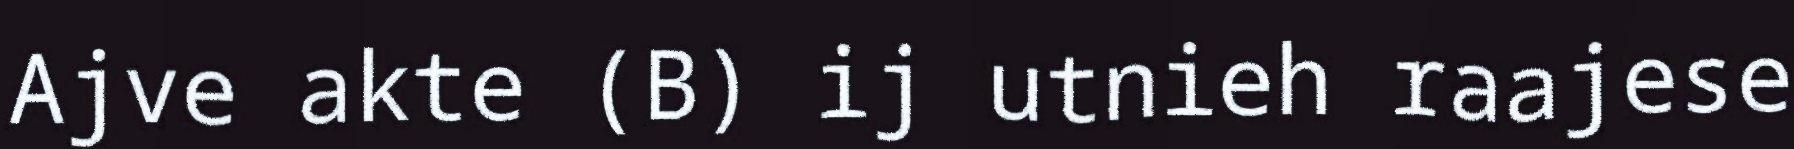
Ajve akte (B) ij utnieh raajese